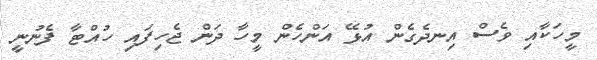
މީހަކާއި ވެސް އިނދެގެން އުޅޭ އަންހެން މީހާ ދަން ޖެހިފައި ހުއްޓާ ފެނުނީ